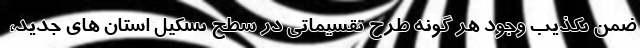
ضمن تکذیب وجود هر گونه طرح تقسیماتی در سطح تشکیل استان های جدید،